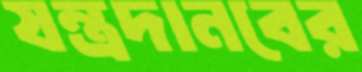
যন্ত্রদানবের